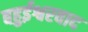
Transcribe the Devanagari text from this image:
बहुईश्वरवाद